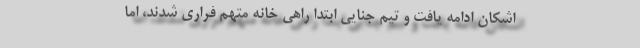
اشکان ادامه یافت و تیم جنایی ابتدا راهی خانه متهم فراری شدند، اما